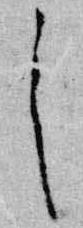
々